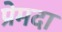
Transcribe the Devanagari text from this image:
प्रेमदा